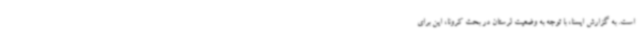
است. به گزارش ایسنا، با توجه به وضعیت لرستان در بحث کرونا، این برای